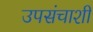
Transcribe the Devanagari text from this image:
उपसंचाशी